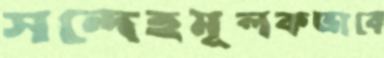
সন্দেহমূলকভাবে